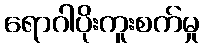
ရောဂါပိုးကူးစက်မှု